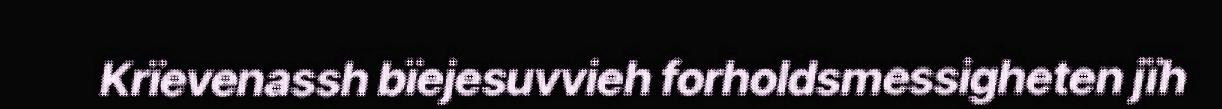
Krïevenassh bïejesuvvieh forholdsmessigheten jïh